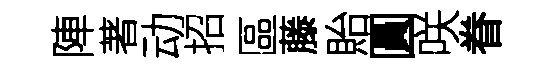
陣著动招區藤貽圓咲眷